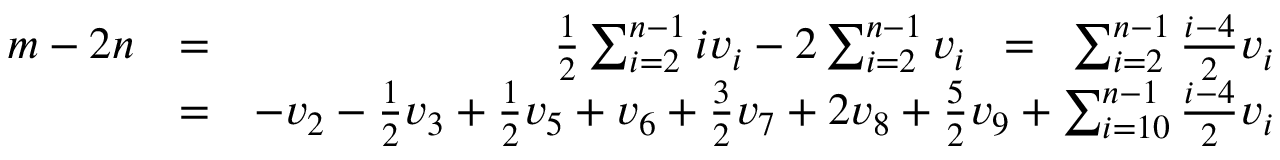
\begin{array} { r l r } { m - 2 n } & { = } & { \frac 1 2 \sum _ { i = 2 } ^ { n - 1 } i v _ { i } - 2 \sum _ { i = 2 } ^ { n - 1 } v _ { i } \; \; = \; \; \sum _ { i = 2 } ^ { n - 1 } \frac { i - 4 } { 2 } v _ { i } } \\ & { = } & { - v _ { 2 } - \frac 1 2 v _ { 3 } + \frac 1 2 v _ { 5 } + v _ { 6 } + \frac 3 2 v _ { 7 } + 2 v _ { 8 } + \frac 5 2 v _ { 9 } + \sum _ { i = 1 0 } ^ { n - 1 } \frac { i - 4 } { 2 } v _ { i } } \end{array}